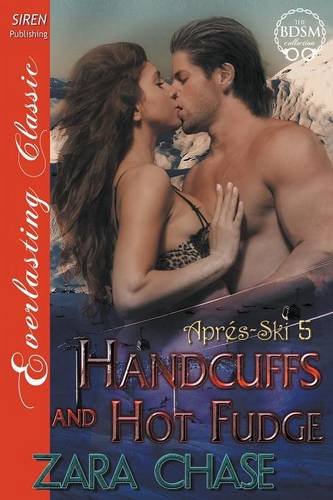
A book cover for Handcuffs and Hot Fudge [Apres-Ski 5] (Siren Publishing Everlasting Classic); Zara Chase; Romance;